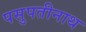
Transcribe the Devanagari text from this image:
पसुपतीनाथ